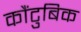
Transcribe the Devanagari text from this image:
कौंटुबिक